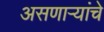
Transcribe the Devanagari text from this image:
असणाऱ्यांचे